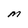
Character: M